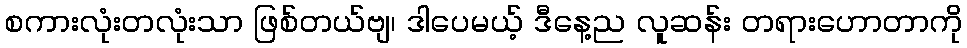
စကားလုံးတလုံးသာ ဖြစ်တယ်ဗျ၊ ဒါပေမယ့် ဒီနေ့ည လူဆန်း တရားဟောတာကို